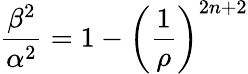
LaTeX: \frac{\beta^{2}}{\alpha^{2}}=1-\left(\frac{1}{\rho}\right)^{2n+2}